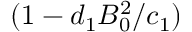
( 1 - d _ { 1 } B _ { 0 } ^ { 2 } / c _ { 1 } )